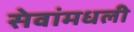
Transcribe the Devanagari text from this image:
सेवांमधली